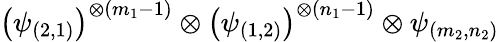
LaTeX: \left(\psi_{(2,1)}\right)^{\otimes(m_{1}-1)}\otimes\left(\psi_{(1,2)}\right)^{\otimes(n_{1}-1)}\otimes\psi_{(m_{2},n_{2})}